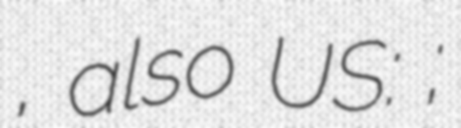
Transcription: , also US: ;